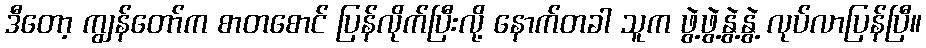
ဒီတော့ ကျွန်တော်က စာတစောင် ပြန်လိုက်ပြီးလို့ နောက်တခါ သူက ဖွဲ့ဖွဲ့နွဲ့နွဲ့ လုပ်လာပြန်ပြီ။